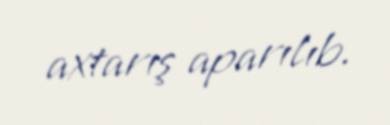
axtarış aparılıb.